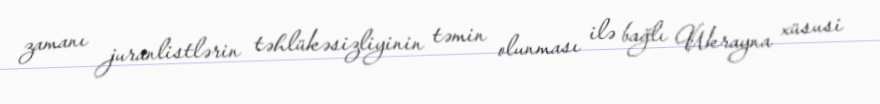
zamanı juranlistlərin təhlükəsizliyinin təmin olunması ilə bağlı Ukrayna xüsusi